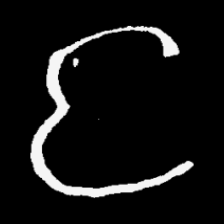
Pyu character \u2014 Myanmar letter: င (romanized: nga)